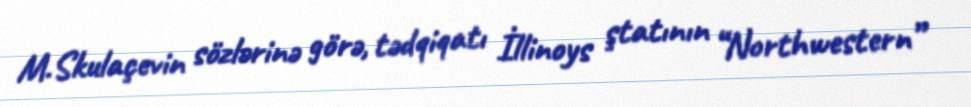
M.Skulaçevin sözlərinə görə, tədqiqatı İllinoys ştatının “Northwestern”